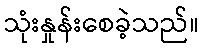
သုံးနှုန်းစေခဲ့သည်။